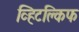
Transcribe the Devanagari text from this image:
व्हिटक्लिफ